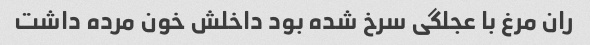
ران مرغ با عجلگی سرخ شده بود داخلش خون مرده داشت